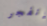
إنفجر